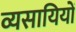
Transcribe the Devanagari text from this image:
व्यसायियों